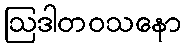
ဩဒါတဝသနော